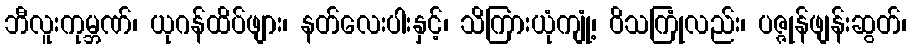
ဘီလူးကုမ္ဘဏ်၊ ယုဂန်ထိပ်ဖျား၊ နတ်လေးပါးနှင့်၊ သိကြားယုံကျုံ့၊ ဝိသကြုံလည်း၊ ပဇ္ဇုန်ဖျန်းဆွတ်၊